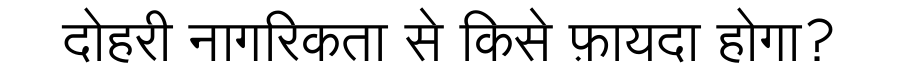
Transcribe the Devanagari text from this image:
दोहरी नागरिकता से किसे फ़ायदा होगा?